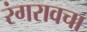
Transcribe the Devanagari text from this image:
रंगरावचा